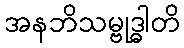
အနဘိသမ္ဗုဒ္ဓါတိ